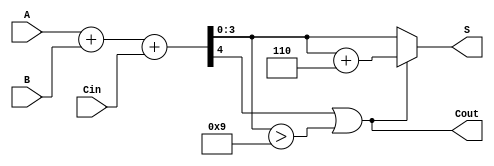
module BCD_Adder (
    input  [3:0] A,      // First BCD input
    input  [3:0] B,      // Second BCD input
    input        Cin,     // Carry-in (optional)
    output [3:0] S,      // BCD output
    output       Cout     // Carry-out
);

    wire [4:0] Sum;      // 5-bit sum to accommodate carry
    wire correction;      // Correction flag

    // Step 1: Perform binary addition
    assign Sum = A + B + Cin;

    // Step 2: Check if correction is needed
    assign correction = (Sum[4] || (Sum[3:0] > 4'b1001));

    // Step 3: Apply correction if needed
    assign S = correction ? (Sum + 5'b00110) : Sum; // Add 6 (0110) if correction is needed

    // Step 4: Determine carry-out
    assign Cout = correction;

endmodule